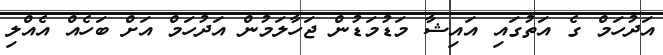
އަދުހަމް ގެ އަތުގައި އައިޝާ މަޑުމަޑުން ޖަހާލަމުން އަދުހަމް އަށް ބަހެއް އެއްލި